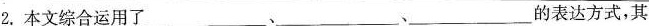
2.本文综合运用了_______________________的表达方式，其